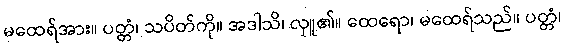
မထေရ်အား။ ပတ္တံ၊ သပိတ်ကို။ အဒါသိ၊ လှူ၏။ ထေရော၊ မထေရ်သည်။ ပတ္တံ၊